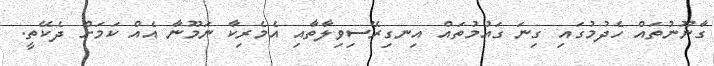
ގާނޫނުތައް ހެދުމުގައި ގިނަ ގައުމުތައް އިނގިރޭސިވިލާތާއި އެމެރިކާ ނަމޫނާ އެއް ކަމަށް ދެކޭތީ.